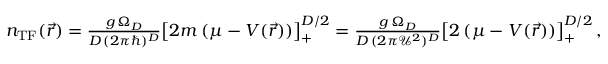
\begin{array} { r } { n _ { \mathrm { T F } } ( \vec { r } ) = \frac { g \, \Omega _ { D } } { D \, ( 2 \pi \hbar ) ^ { D } } \big [ 2 m \, ( \mu - V ( \vec { r } ) ) \big ] _ { + } ^ { D / 2 } = \frac { g \, \Omega _ { D } } { D \, ( 2 \pi { \mathcal U } ^ { 2 } ) ^ { D } } \big [ 2 \, ( \mu - V ( \vec { r } ) ) \big ] _ { + } ^ { D / 2 } \, , } \end{array}